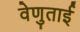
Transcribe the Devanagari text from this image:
वेणुताई